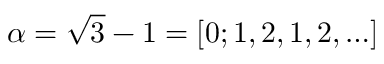
\alpha = \sqrt { 3 } - 1 = [ 0 ; 1 , 2 , 1 , 2 , \ldots ]